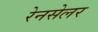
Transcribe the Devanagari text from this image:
रेनसेलर